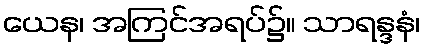
ယေန၊ အကြင်အရပ်၌။ သာရန္ဒနံ၊